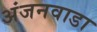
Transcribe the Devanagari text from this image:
अंजनवाडा